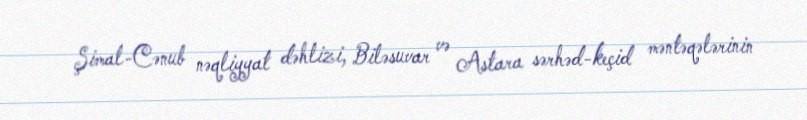
Şimal-Cənub nəqliyyat dəhlizi, Biləsuvar və Astara sərhəd-keçid məntəqələrinin